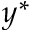
y ^ { * }